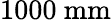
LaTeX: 1000~\mathrm{{mm}}